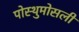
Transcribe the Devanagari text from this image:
पोस्थुमोसली